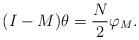
LaTeX: \begin{align*}(I-M)\theta=\frac{N}{2}\varphi_M.\end{align*}